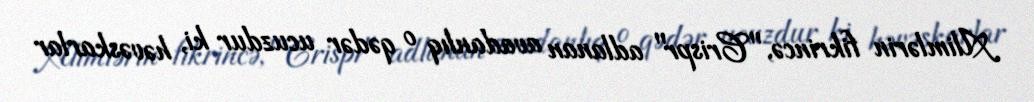
Alimlərin fikrincə, "Crispr" adlanan avadanlıq o qədər ucuzdur ki, həvəskarlar